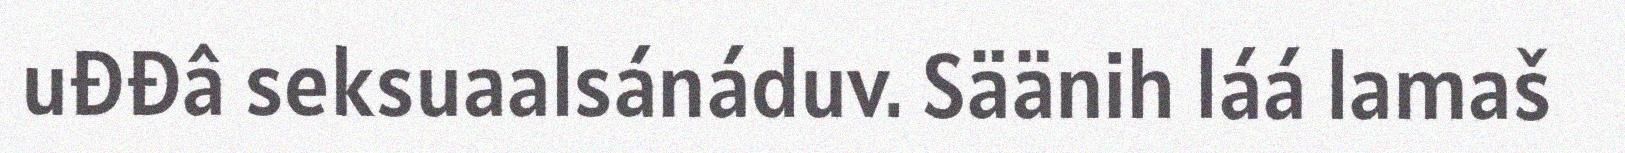
uđđâ seksuaalsánáduv. Säänih láá lamaš